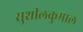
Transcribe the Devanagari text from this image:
सुशीलकुमाल